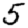
Digit: 5